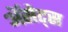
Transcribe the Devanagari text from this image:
ॲसेट्स